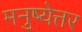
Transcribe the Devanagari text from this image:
मनुष्येत्तर